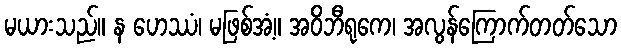
မယားသည်။ န ဟေဿံ၊ မဖြစ်အံ့။ အဝိဘီရုကေ၊ အလွန်ကြောက်တတ်သော